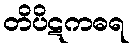
တိပိဋကဓရ